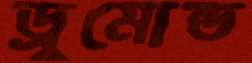
ড্রুমোন্ড